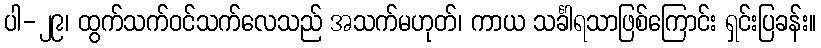
ပါ-၂၉၊ ထွက်သက်ဝင်သက်လေသည် အသက်မဟုတ်၊ ကာယ သင်္ခါရသာဖြစ်ကြောင်း ရှင်းပြခန်း။